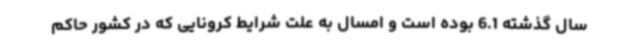
سال گذشته 6.1 بوده است و امسال به علت شرایط کرونایی که در کشور حاکم